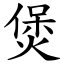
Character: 煲